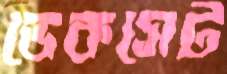
ডেকসেট